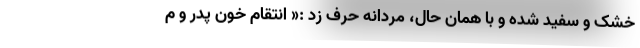
خشک و سفید شده و با همان حال، مردانه حرف زد :« انتقام خون پدر و م